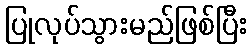
ပြုလုပ်သွားမည်ဖြစ်ပြီး